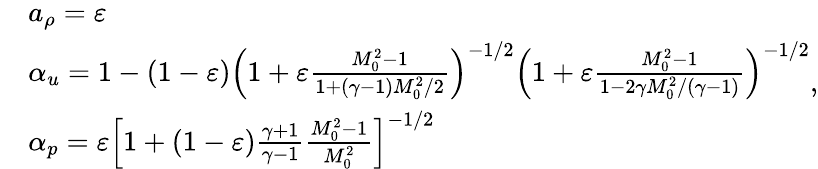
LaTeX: \begin{array}{rl}&{a_{\rho}=\varepsilon}\\ &{\alpha_{u}=1-(1-\varepsilon)\left(1+\varepsilon\frac{M_{0}^{2}-1}{1+(\gamma-1)M_{0}^{2}/2}\right)^{-1/2}\left(1+\varepsilon\frac{M_{0}^{2}-1}{1-2\gamma M_{0}^{2}/(\gamma-1)}\right)^{-1/2}}\\ &{\alpha_{p}=\varepsilon\left[1+(1-\varepsilon)\frac{\gamma+1}{\gamma-1}\frac{M_{0}^{2}-1}{M_{0}^{2}}\right]^{-1/2}}\end{array},